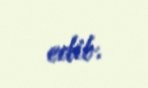
edib.